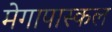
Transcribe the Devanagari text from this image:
मेगापास्कल